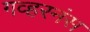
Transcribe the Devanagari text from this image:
गव्हरनंस